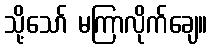
သို့သော် မကြာလိုက်ချေ။